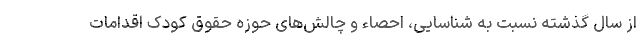
از سال گذشته نسبت به شناسایی، احصاء و چالش‌های حوزه حقوق کودک اقدامات